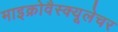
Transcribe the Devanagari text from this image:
माइक्रोवैस्क्यूलेचर